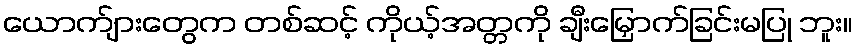
ယောက်ျားတွေက တစ်ဆင့် ကိုယ့်အတ္တကို ချီးမြှောက်ခြင်းမပြု ဘူး။